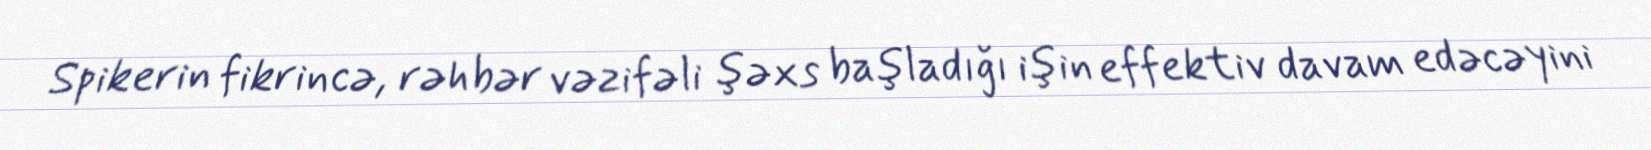
Spikerin fikrincə, rəhbər vəzifəli şəxs başladığı işin effektiv davam edəcəyini